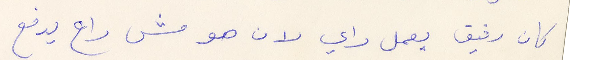
كان رفيق يعمل داي لان هو مش راح يدفع